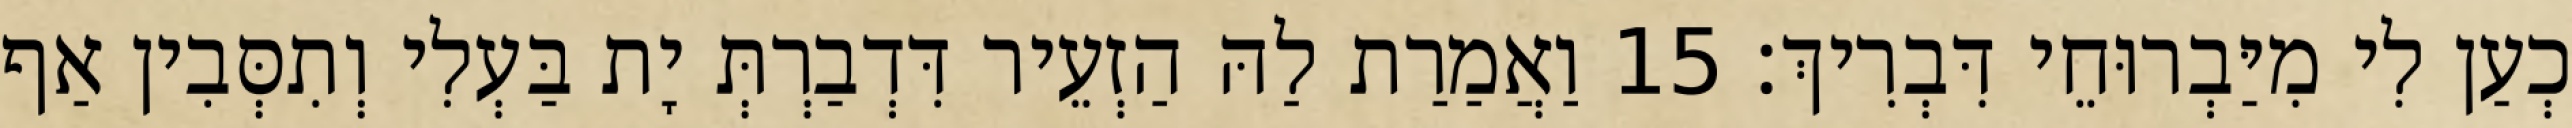
כְעַן לִי מִיַּבְרוּחֵי דִּבְרִיךְ׃ 15 וַאֲמַרַת לַהּ הַזְעֵיר דִּדְבַרְתְּ יָת בַּעְלִי וְתִסְּבִין אַף